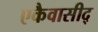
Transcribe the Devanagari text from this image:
एकैवासीद्